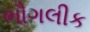
ભૌગલીક